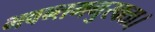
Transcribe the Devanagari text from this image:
भवन्तमनुरक्ता।